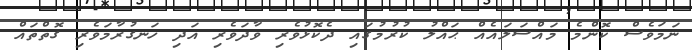
ނަމަވެސް ކޮންމެ މައްސަލައެއް ޙައްލު ކުރުމުގައި ދެކޮޅުވެރި ވާދަވެރި އަދި ހަނގުރާމަވެރި ގޮތްތައް